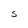
Character: S